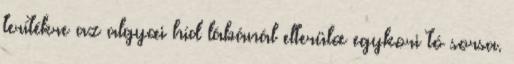
terítékre az algyœi híd lábánál elterülœ egykori tó sorsa.